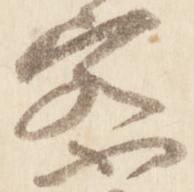
察